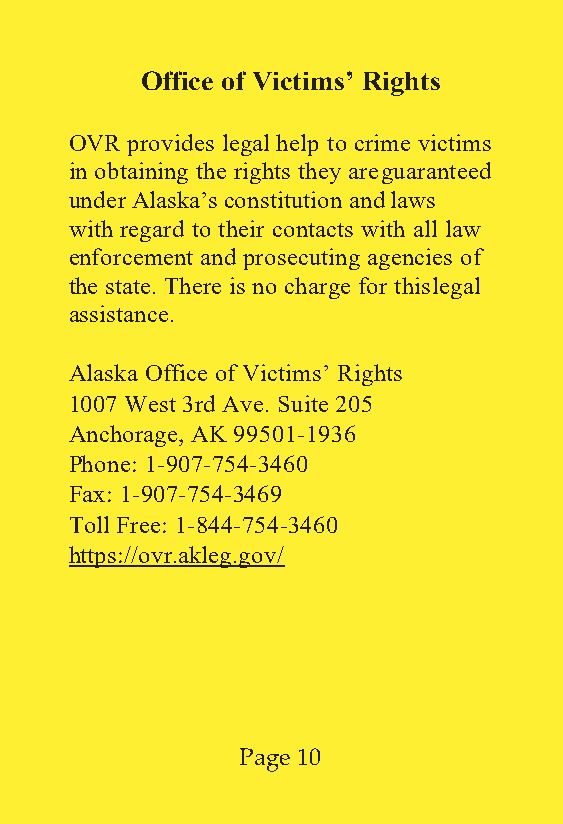
Office of Victims’ Rights
 OVR provides legal help to crime victims
 in obtaining the rights they are guaranteed
 under Alaska’s constitution and laws
 with regard to their contacts with all law
 enforcement and prosecuting agencies of
 the state. There is no charge for this legal
 assistance.
 Alaska Office of Victims’ Rights
 1007 West 3rd Ave. Suite 205
 Anchorage, AK 99501-1936
 Phone: 1-907-754-3460
 Fax: 1-907-754-3469
 Toll Free: 1-844-754-3460
 https://ovr.akleg.gov/
 Page 10